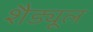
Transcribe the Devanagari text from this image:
शैड्यूल